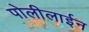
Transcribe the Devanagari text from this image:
पोलीलाईन